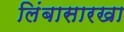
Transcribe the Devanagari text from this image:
लिंबासारखा